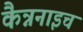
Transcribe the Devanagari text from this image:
कैन्ननाइच